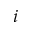
i